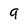
Character: q